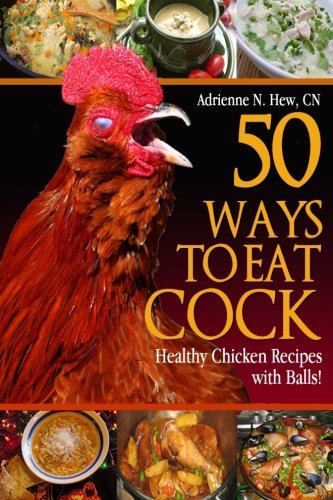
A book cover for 50 Ways to Eat Cock: Healthy Chicken Recipes with Balls! (Health AlternaTips); Adrienne N Hew CN; Humor & Entertainment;